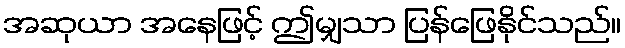
အဆုယာ အနေဖြင့် ဤမျှသာ ပြန်ဖြေနိုင်သည်။